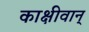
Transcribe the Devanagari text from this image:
काक्षीवान्